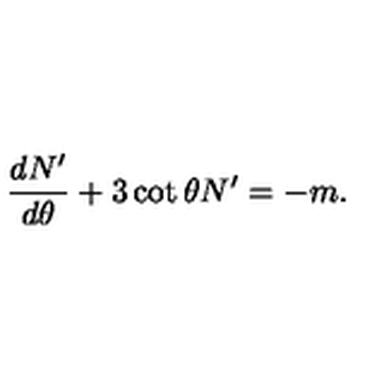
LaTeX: \frac { d N ^ { \prime } } { d \theta } + 3 \cot \theta N ^ { \prime } = - m .